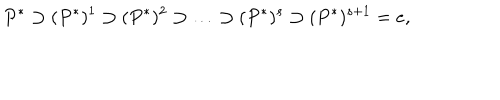
LaTeX: P ^ { * } \supset ( P ^ { * } ) ^ { 1 } \supset ( P ^ { * } ) ^ { 2 } \supset \ldots \supset ( P ^ { * } ) ^ { s } \supset ( P ^ { * } ) ^ { s + 1 } = e ,